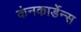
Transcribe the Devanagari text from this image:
कंनकार्डेन्स